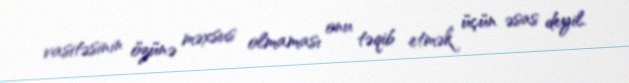
vasitəsinin özünə məxsus olmaması onu təqib etmək üçün əsas deyil.